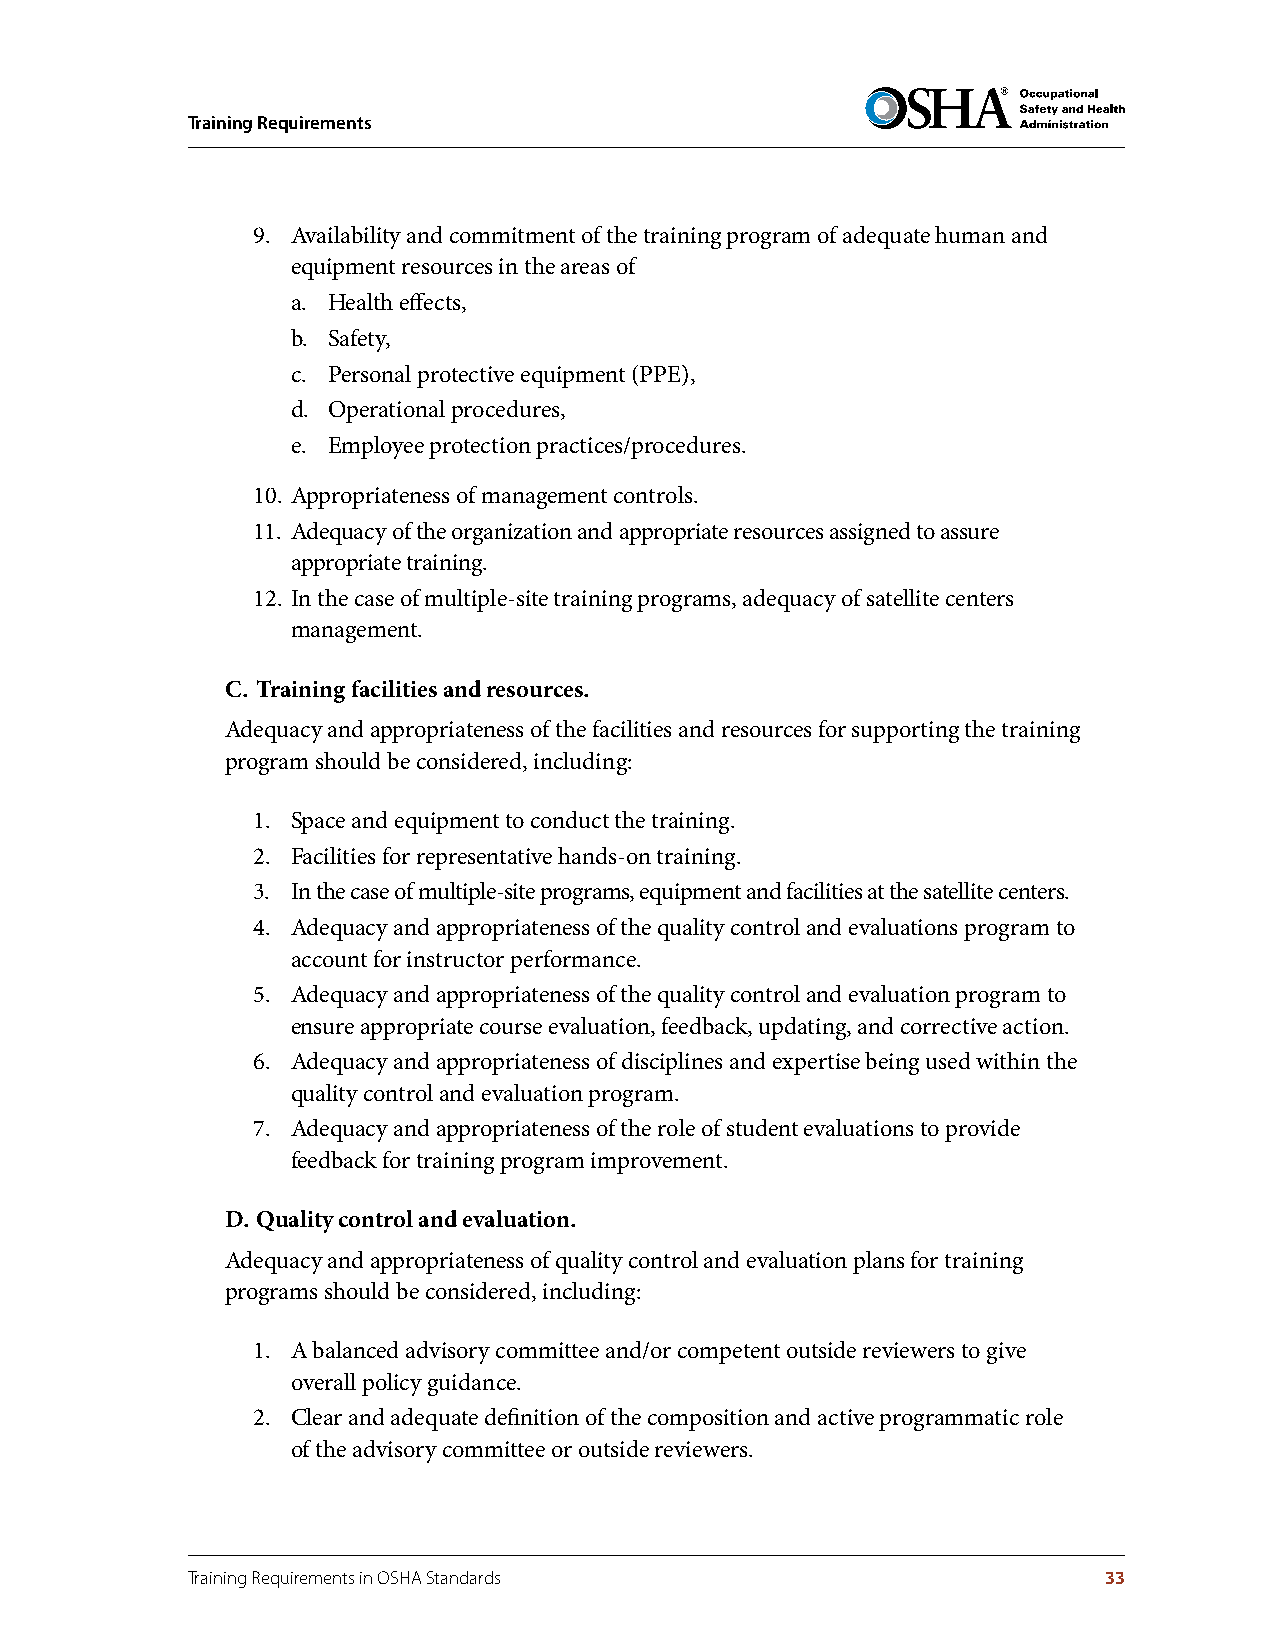
Training Requirements
 9. Availability and commitment of the training program of adequate human and
 equipment resources in the areas of
 a. Health effects,
 b. Safety,
 c. Personal protective equipment (PPE),
 d. Operational procedures,
 e. Employee protection practices/procedures.
 10. Appropriateness of management controls.
 11. Adequacy of the organization and appropriate resources assigned to assure
 appropriate training.
 12. In the case of multiple-site training programs, adequacy of satellite centers
 management.
 C . Training facilities and resources .
 Adequacy and appropriateness of the facilities and resources for supporting the training
 program should be considered, including:
 1. Space and equipment to conduct the training.
 2. Facilities for representative hands-on training.
 3. In the case of multiple-site programs, equipment and facilities at the satellite centers.
 4. Adequacy and appropriateness of the quality control and evaluations program to
 account for instructor performance.
 5. Adequacy and appropriateness of the quality control and evaluation program to
 ensure appropriate course evaluation, feedback, updating, and corrective action.
 6. Adequacy and appropriateness of disciplines and expertise being used within the
 quality control and evaluation program.
 7. Adequacy and appropriateness of the role of student evaluations to provide
 feedback for training program improvement.
 D . Quality control and evaluation .
 Adequacy and appropriateness of quality control and evaluation plans for training
 programs should be considered, including:
 1. A balanced advisory committee and/or competent outside reviewers to give
 overall policy guidance.
 2. Clear and adequate definition of the composition and active programmatic role
 of the advisory committee or outside reviewers.
 Training Requirements in OSHA Standards                      33